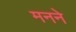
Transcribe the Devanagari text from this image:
मनने